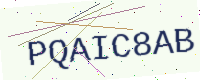
Text: PQAIC8AB